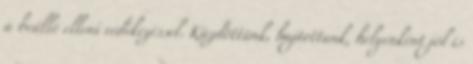
a beálló elleni védekezéssel. Küzdöttünk, hajtottunk, helyenként jól is